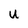
Character: U